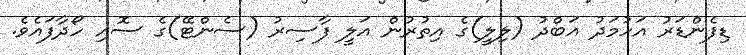
ޑިފެންޑަރު އަހުމަދު އަބްދު (ލިލީ)ގެ އިތުރުން އަލީ ފާސިރު (ސެންޓޭ)ގެ ސޮއި ހޯދާފައެވެ.